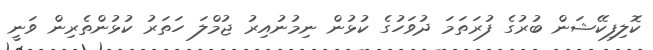
ކޮލިފިކޭޝަން ބުރުގެ ފުރަތަމަ ދުވަހުގެ ކުޅުން ނިމުނުއިރު ޖުމްލަ ހަތަރު ކުޅުންތެރިން ވަނީ